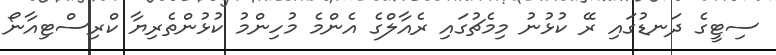
ސިޓީގެ ދަނޑުގައި ރޭ ކުޅުނު މިމެޗުގައި ރެއާލްގެ އެންމެ މުހިންމު ކުޅުންތެރިޔާ ކްރިސްޓިއާނޯ